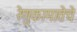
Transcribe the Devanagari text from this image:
रेणुकामातेचे